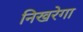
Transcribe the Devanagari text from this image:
निखरेगा